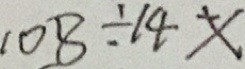
1 0 8 \div 1 4 x